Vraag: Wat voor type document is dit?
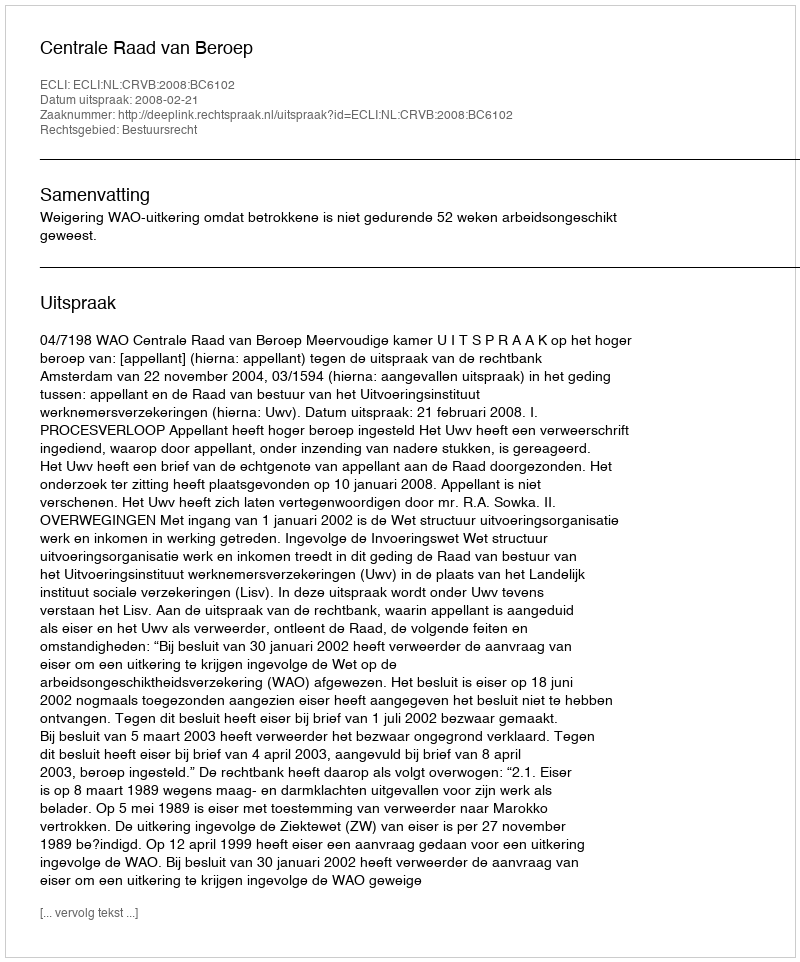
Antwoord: Uitspraak